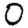
Digit: 0